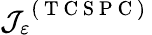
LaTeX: \mathcal{J}_{\varepsilon}^{\mathrm{~(~T~C~S~P~C~)~}}